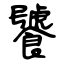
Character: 饕